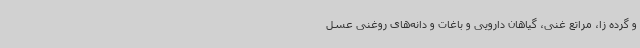
و گرده زا، مراتع غنی، گیاهان دارویی و باغات و دانه‌های روغنی عسل